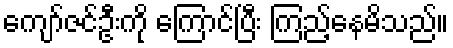
ကျော်ဇင်ဦးကို ကြောင်ပြီး ကြည့်နေမိသည်။